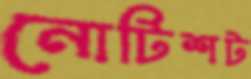
নোটিশট